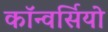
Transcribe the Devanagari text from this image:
कॉन्वर्सियो